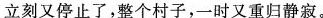
立刻又停止了，个村子，-时又重归静寂。